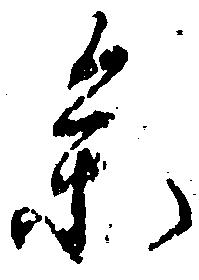
参